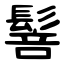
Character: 䯽